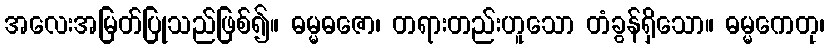
အလေးအမြတ်ပြုသည်ဖြစ်၍။ ဓမ္မဓဇော၊ တရားတည်းဟူသော တံခွန်ရှိသော။ ဓမ္မကေတု၊